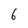
Character: 6